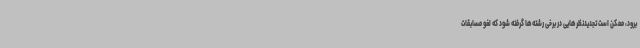
برود، ممکن است تجدیدنظرهایی در برخی رشته‌ها گرفته شود که لغو مسابقات